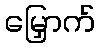
မြှောက်